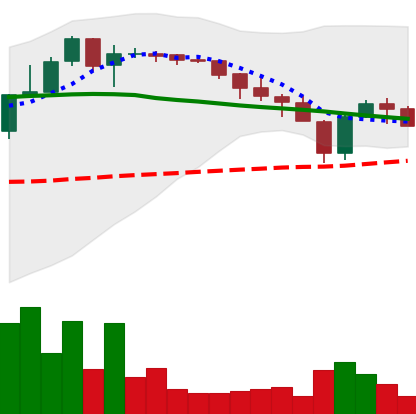
Ticker: XLM-USD
Chart end date: 2018-05-15
Forward return: -4.487%
Label: down_3_5